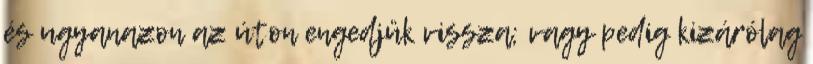
és ugyanazon az úton engedjük vissza; vagy pedig kizárólag